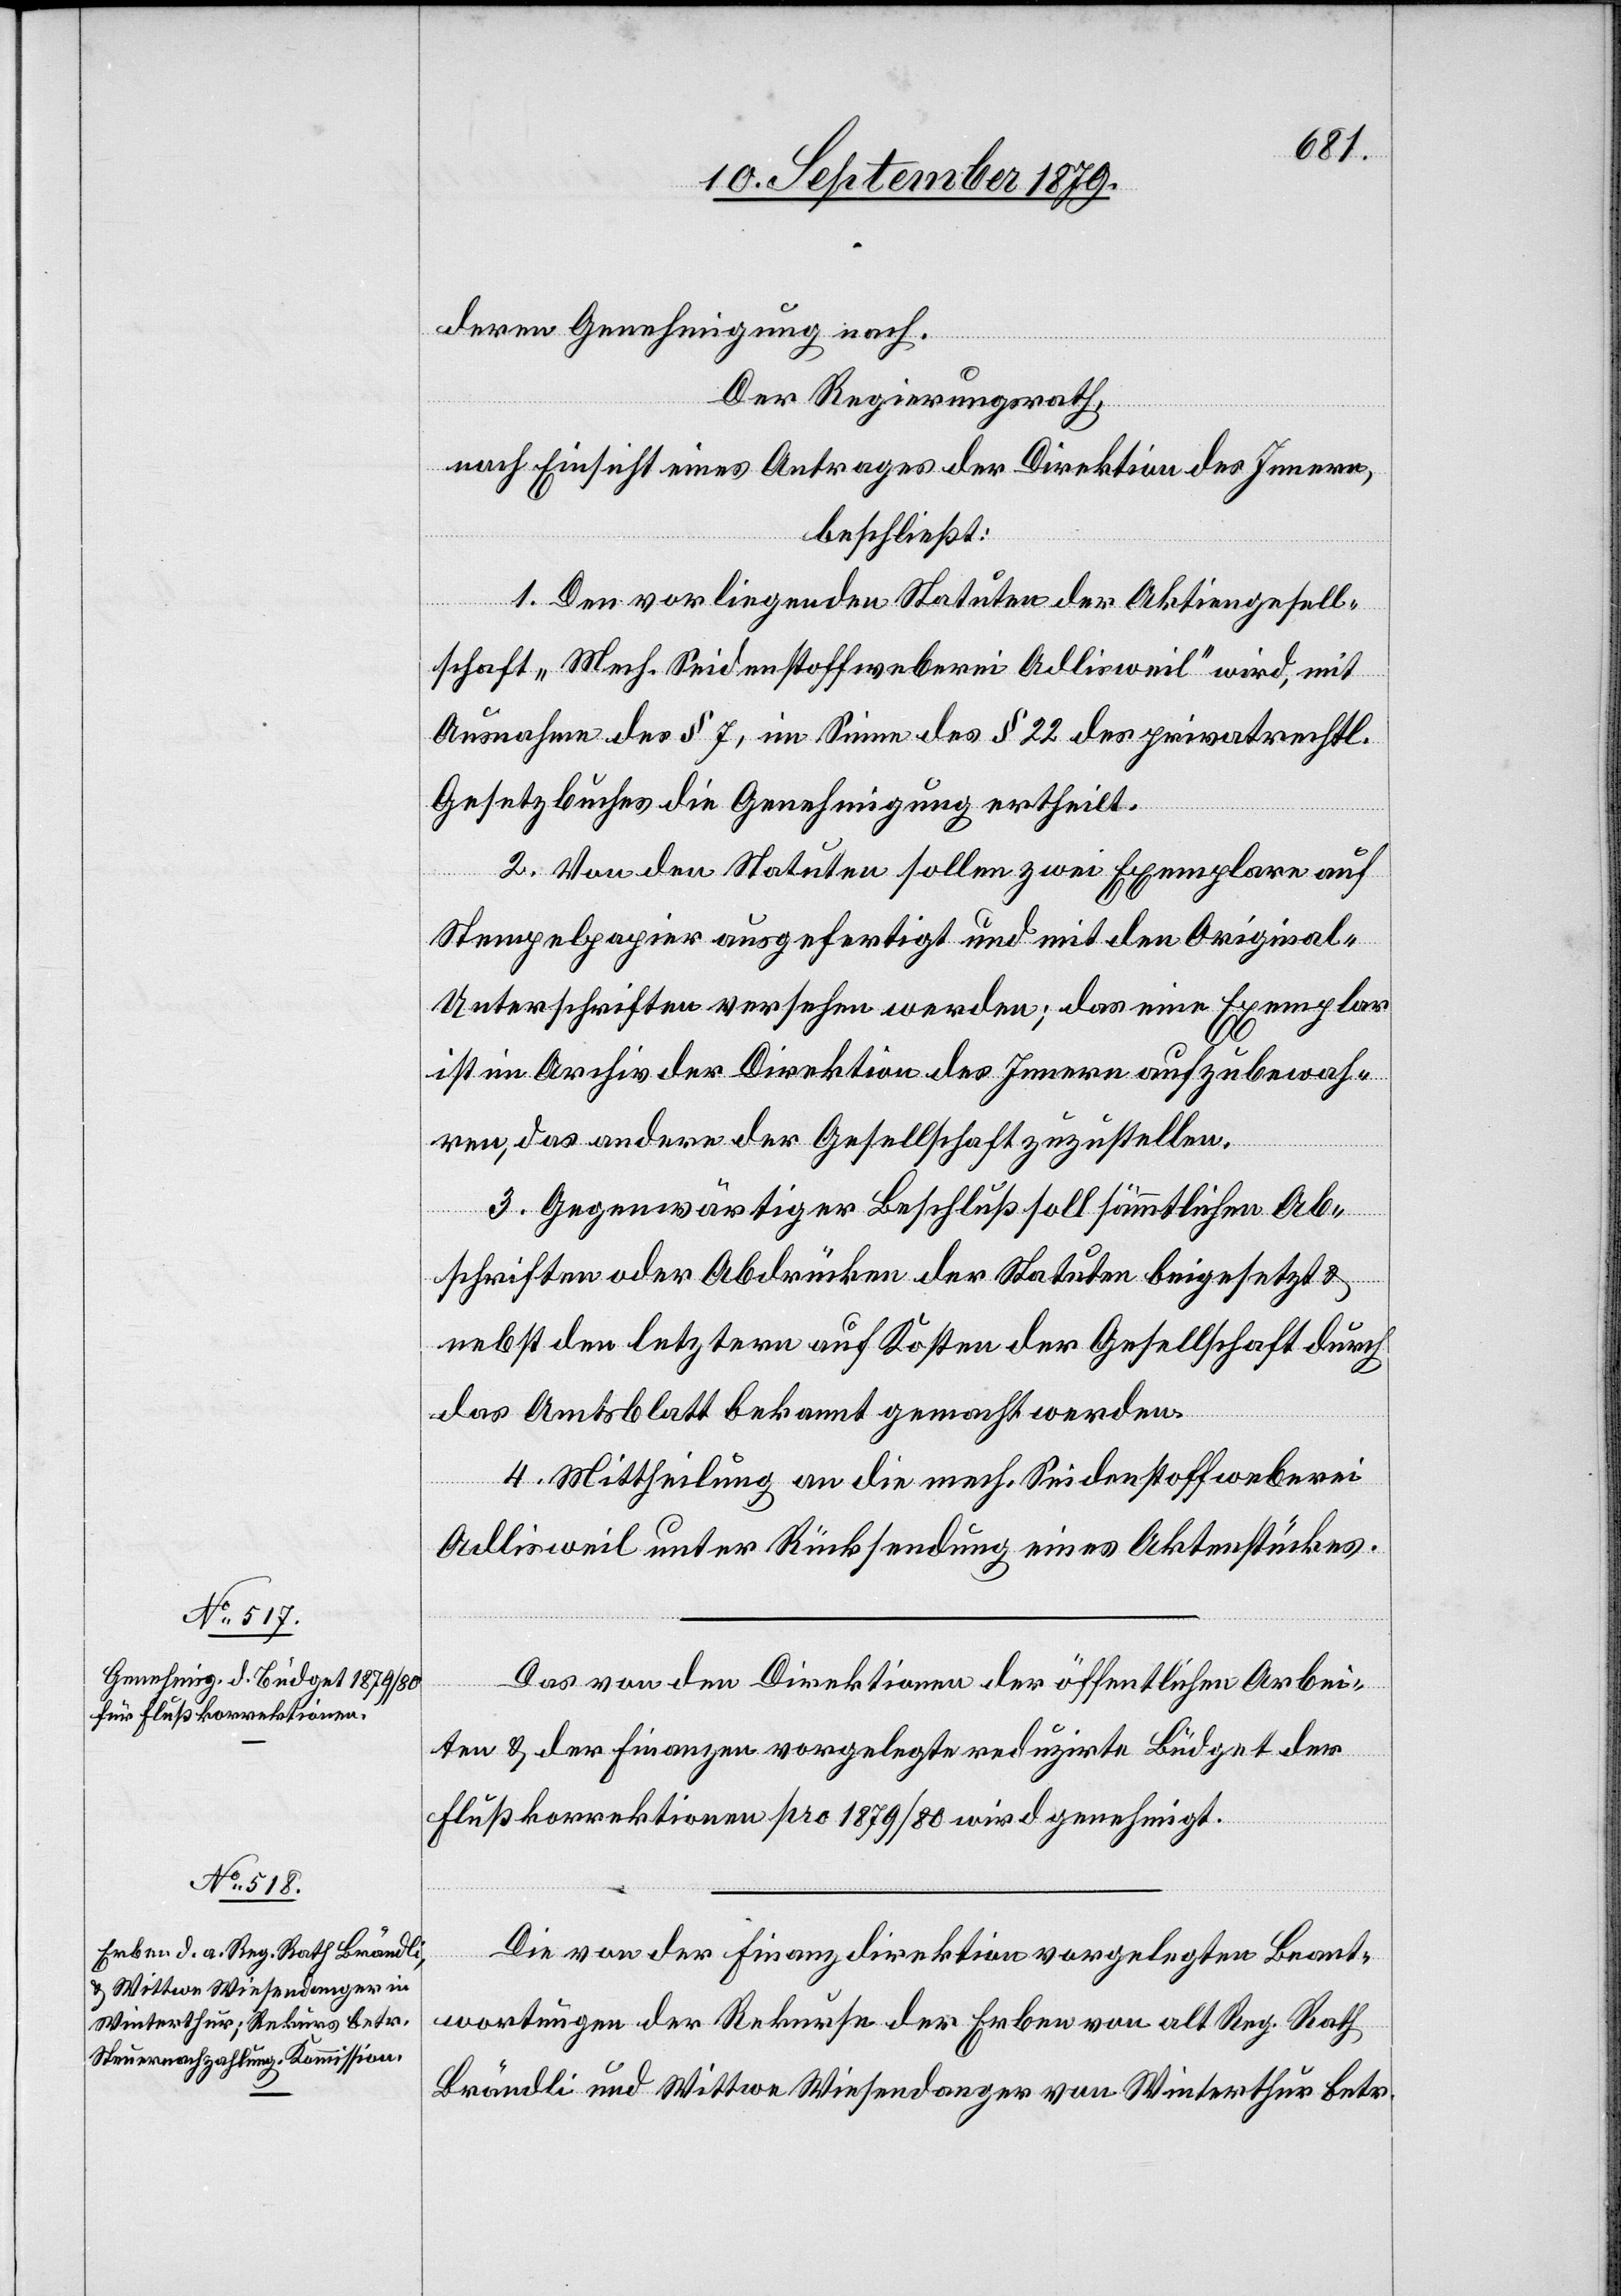
deren Genehmigung nach.
Der Regierungsrath,
nach Einsicht eines Antrages der Direktion des Innern,
beschließt:
1. Den vorliegenden Statuten der Aktiengesell¬
schaft „Mech. Seidenstoffweberei Adlisweil“ wird, mit
Ausnahme des § 7, im Sinne des § 22 des privatrechtl.
Gesetzbuches die Genehmigung ertheilt.
2. Von den Statuten sollen zwei Exemplare auf
Stempelpapier ausgefertigt und mit den Original-U¬
nterschriften versehen werden; das eine Exemplar
ist im Archiv der Direktion des Innern aufzubewah¬
ren, das andere der Gesellschaft zuzustellen.
3. Gegenwärtiger Beschluß soll sämmtlichen Ab¬
schriften oder Abdrücken der Statuten beigesetzt &
nebst den letztern auf Kosten der Gesellschaft durch
das Amtsblatt bekannt gemacht werden.
4. Mittheilung an die mech. Seidenstoffweberei
Adlisweil unter Rücksendung eines Aktenstückes.
Das von den Direktionen der öffentlichen Arbei¬
ten & der Finanzen vorgelegte reduzirte Büdget der
Flußkorrektionen pro 1879/80 wird genehmigt.
Die von der Finanzdirektion vorgelegten Beant¬
wortungen der Rekurse der Erben von alt Reg. Rath
Brändli und Wittwe Wiesendanger von Winterthur betr.